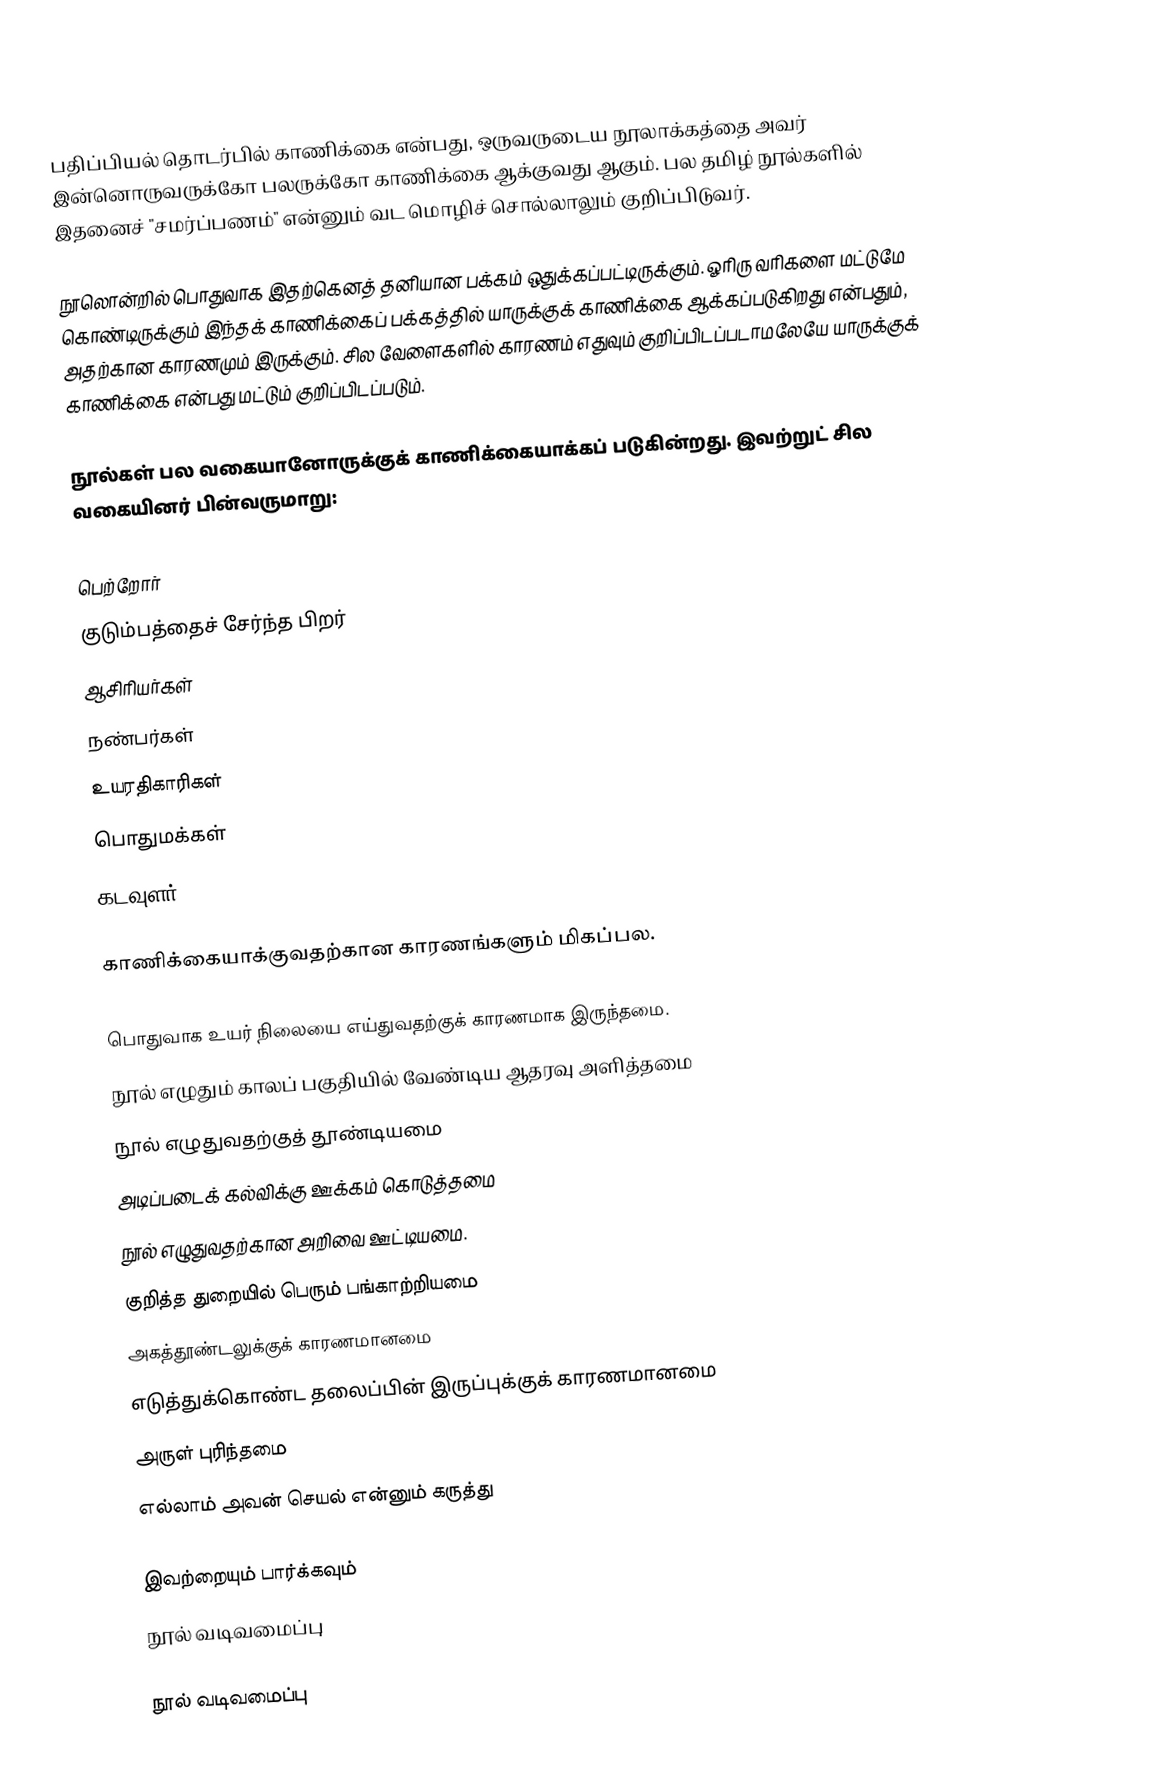
பதிப்பியல் தொடர்பில் காணிக்கை என்பது, ஒருவருடைய நூலாக்கத்தை அவர் இன்னொருவருக்கோ பலருக்கோ காணிக்கை ஆக்குவது ஆகும். பல தமிழ் நூல்களில் இதனைச் "சமர்ப்பணம்" என்னும் வட மொழிச் சொல்லாலும் குறிப்பிடுவர்.

நூலொன்றில் பொதுவாக இதற்கெனத் தனியான பக்கம் ஒதுக்கப்பட்டிருக்கும். ஓரிரு வரிகளை மட்டுமே கொண்டிருக்கும் இந்தக் காணிக்கைப் பக்கத்தில் யாருக்குக் காணிக்கை ஆக்கப்படுகிறது என்பதும், அதற்கான காரணமும் இருக்கும். சில வேளைகளில் காரணம் எதுவும் குறிப்பிடப்படாமலேயே யாருக்குக் காணிக்கை என்பது மட்டும் குறிப்பிடப்படும்.

நூல்கள் பல வகையானோருக்குக் காணிக்கையாக்கப் படுகின்றது. இவற்றுட் சில வகையினர் பின்வருமாறு:

 பெற்றோர்
 குடும்பத்தைச் சேர்ந்த பிறர்
 ஆசிரியர்கள்
 நண்பர்கள்
 உயரதிகாரிகள்
 பொதுமக்கள்
 கடவுளர்

காணிக்கையாக்குவதற்கான காரணங்களும் மிகப்பல.

 பொதுவாக உயர் நிலையை எய்துவதற்குக் காரணமாக இருந்தமை.
 நூல் எழுதும் காலப் பகுதியில் வேண்டிய ஆதரவு அளித்தமை
 நூல் எழுதுவதற்குத் தூண்டியமை
 அடிப்படைக் கல்விக்கு ஊக்கம் கொடுத்தமை
 நூல் எழுதுவதற்கான அறிவை ஊட்டியமை.
 குறித்த துறையில் பெரும் பங்காற்றியமை
 அகத்தூண்டலுக்குக் காரணமானமை
 எடுத்துக்கொண்ட தலைப்பின் இருப்புக்குக் காரணமானமை
 அருள் புரிந்தமை
 எல்லாம் அவன் செயல் என்னும் கருத்து

இவற்றையும் பார்க்கவும்
 நூல் வடிவமைப்பு

நூல் வடிவமைப்பு